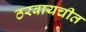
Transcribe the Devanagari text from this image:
ठरवायचीत